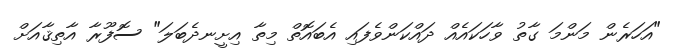
"އަހަރެން މަންމަ ގާތު ވާހަކައެއް ދައްކަންވެފައި އެބައޮތް މިތާ އިށީނދެބަލަ" ސޮފޫރާ އާތިޤާއަށް